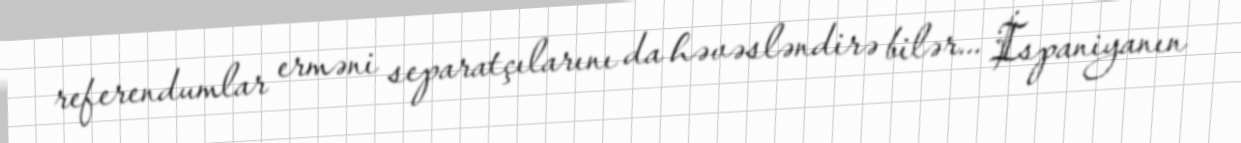
referendumlar erməni separatçılarını da həvəsləndirə bilər... İspaniyanın